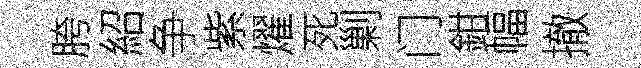
胯紹争紫燿死剿门鉗幅撤